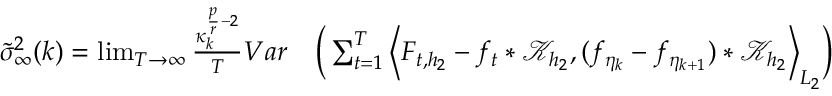
\begin{array} { r l } { \widetilde { \sigma } _ { \infty } ^ { 2 } ( k ) = \operatorname* { l i m } _ { T \rightarrow \infty } \frac { \kappa _ { k } ^ { \frac { p } { r } - 2 } } { T } V a r } & { \Big ( \sum _ { t = 1 } ^ { T } \Big \langle F _ { { t } , h _ { 2 } } - f _ { t } * \mathcal { K } _ { h _ { 2 } } , ( f _ { \eta _ { k } } - f _ { \eta _ { k + 1 } } ) * \mathcal { K } _ { h _ { 2 } } \Big \rangle _ { L _ { 2 } } \Big ) } \end{array}